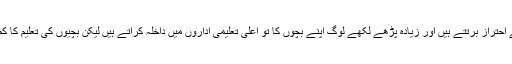
کم پڑھے لکھے لوگ بچیوں کی باقاعدہ تعلیم سے احتراز برتتے ہیں اور زیادہ پڑھے لکھے لوگ اپنے بچوں کا تو اعلیٰ تعلیمی اداروں میں داخلہ کراتے ہیں لیکن بچیوں کی تعلیم کا کم معیاری تعلیمی اداروں میں بندوبست کرتے ہیں۔